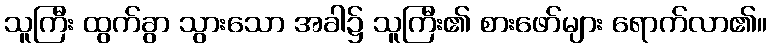
သူကြီး ထွက်ခွာ သွားသော အခါ၌ သူကြီး၏ စားဖော်များ ရောက်လာ၏။